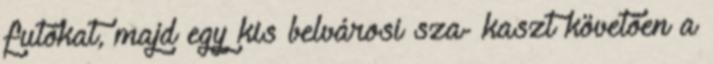
futókat, majd egy kis belvárosi sza- kaszt követően a